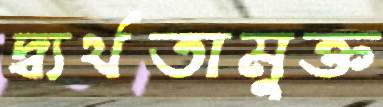
দ্ব্যর্থতামুক্ত